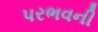
પરભવની